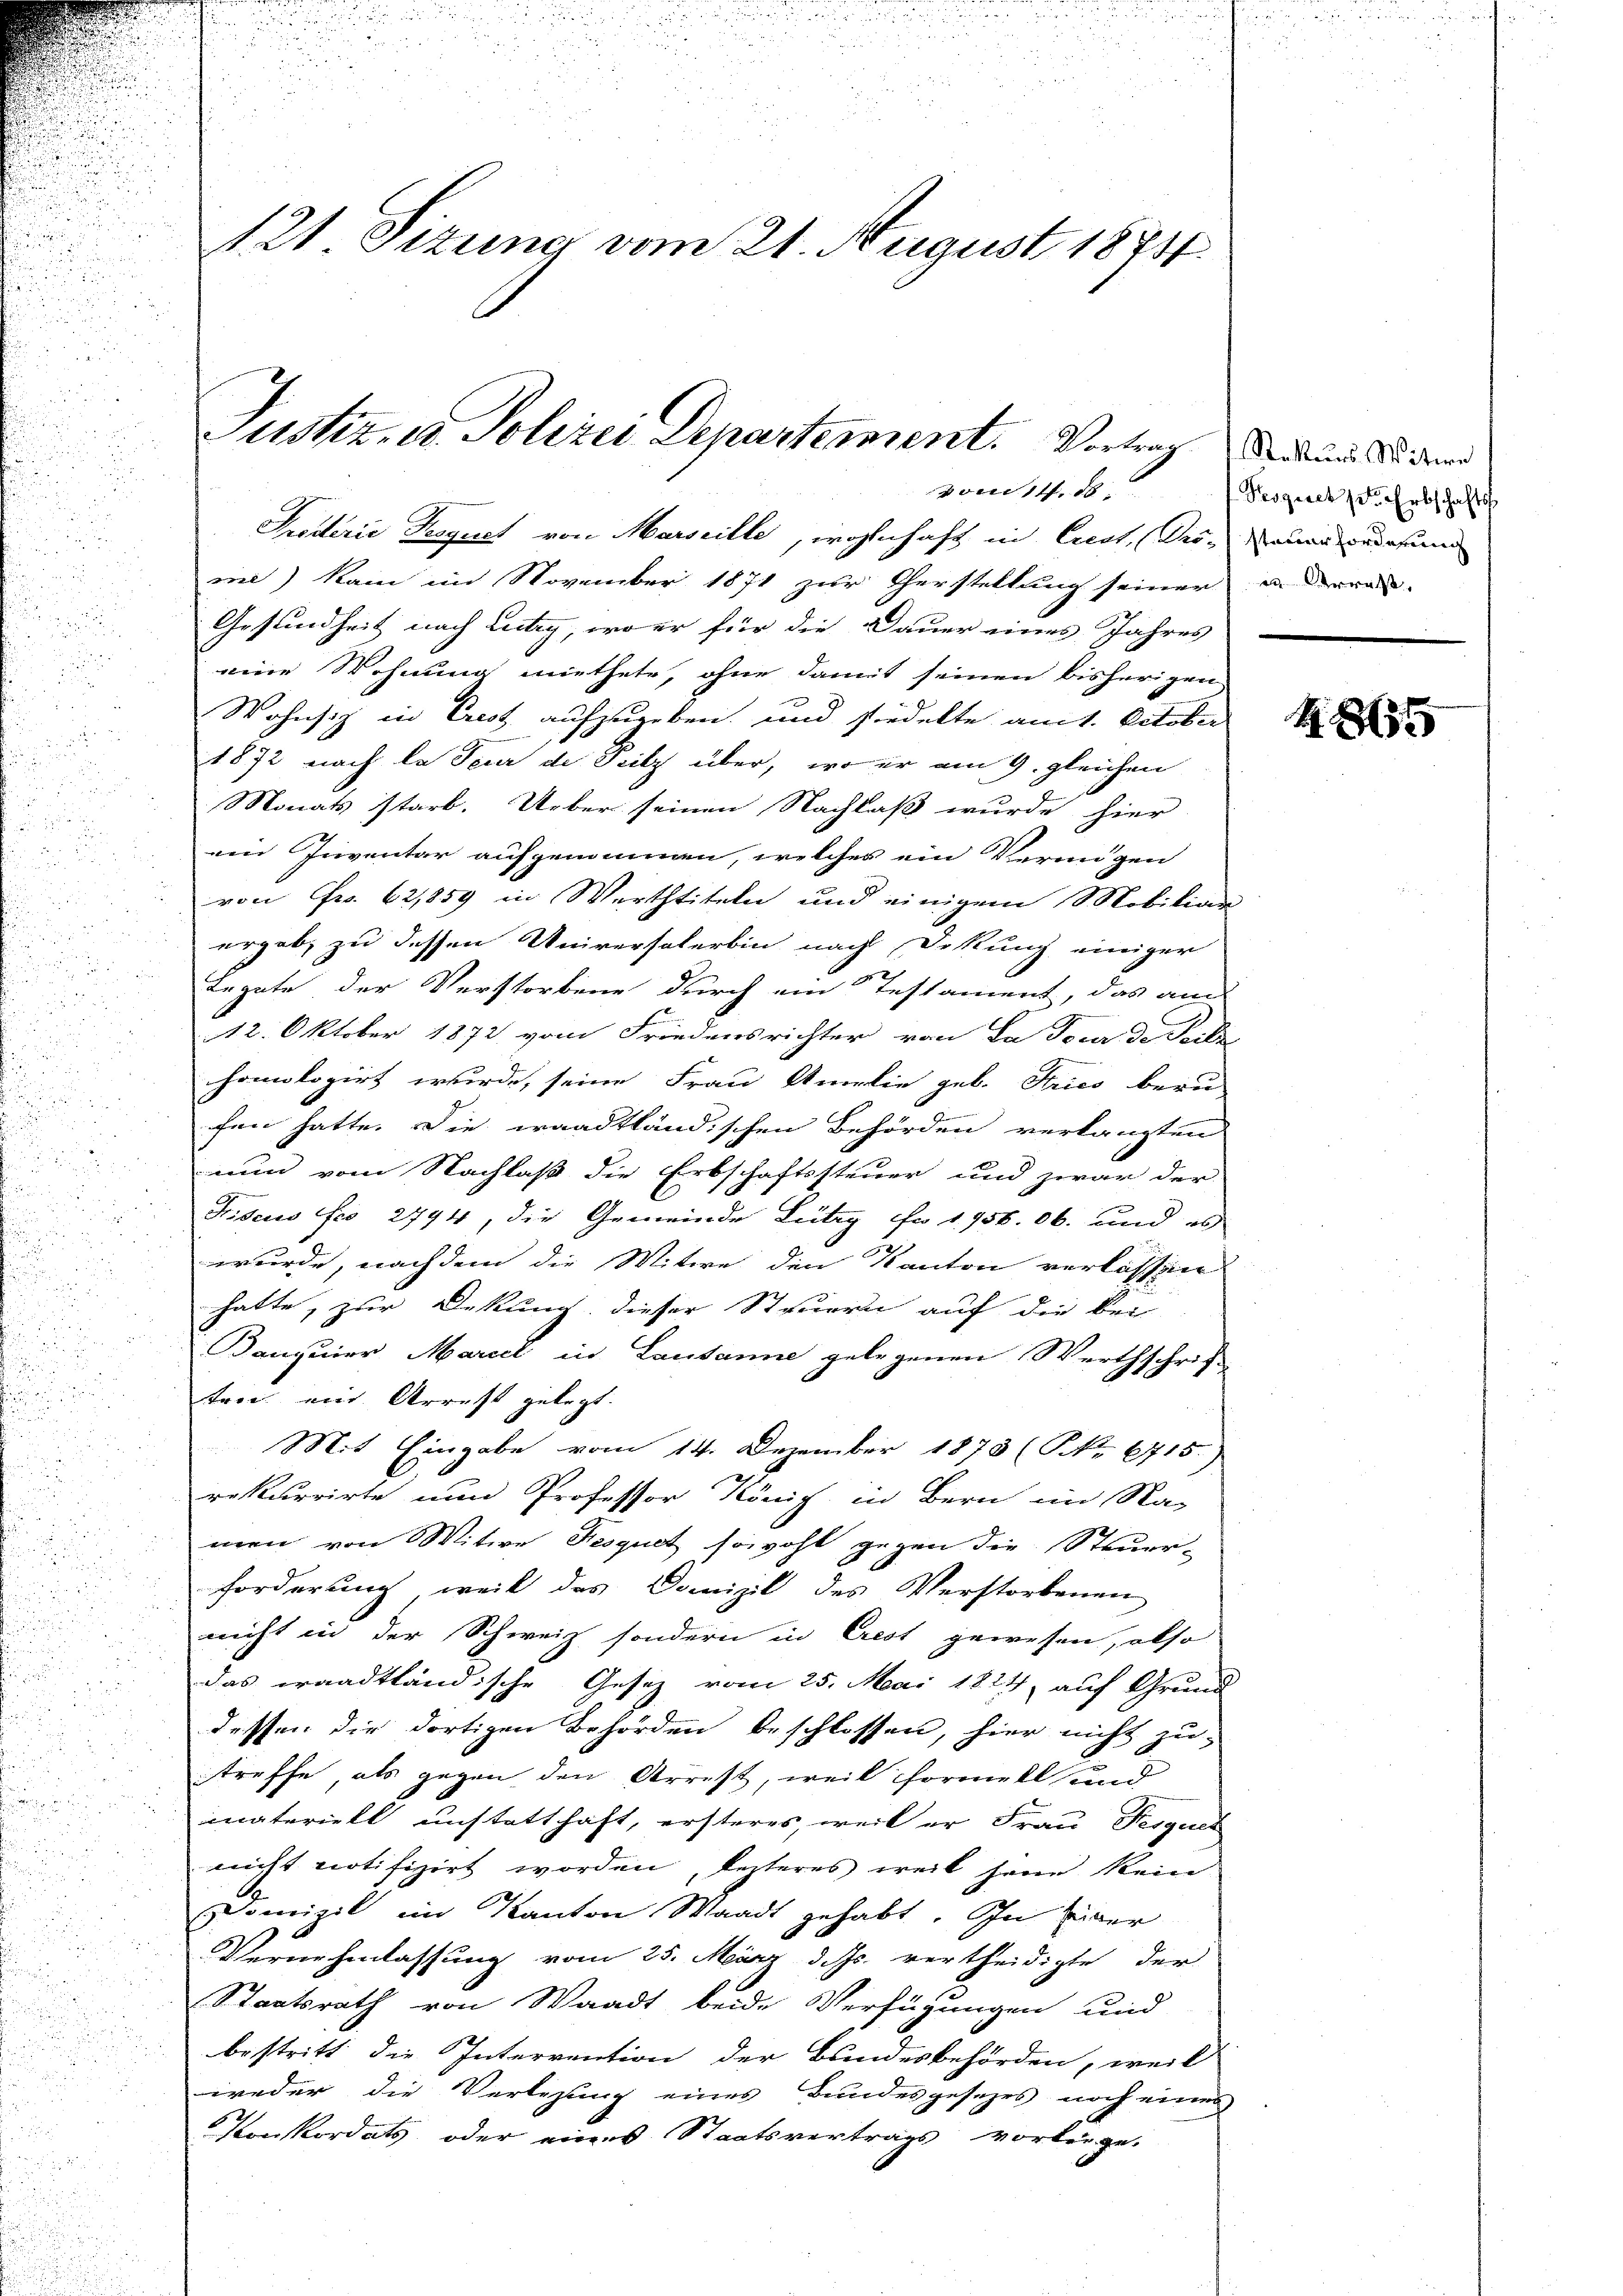
121 Sizung vom 21. August 1874.

Justiz- u. Polizei Departement. Vortrag und die den
vom 14. de

Proderie Seegust von Marseille, wohnhaft in Curt, Dein aber das
me) kam im November 1871 zur Cherstellung seiner
Gesundheit nach Lutry, wo er für die Dauer eines Jahres
eine Wohnung miethete, ohne damit seinen bisherigen
Wohnsiz in Crest aufzugeben und stiedelte am 1. October
1872 nach la Feur de Peilz über, wo er am 9. gleichen
Monats starb. Ueber seinen Nachlaß wurde hier
ein Inventar aufgenommen, welches ein Vermögen
von Fr. 62,859 in Werthtiteln und einigem Mobiliar
ergab, zu dessen Universalerbin nach Dikung einiger
Legate der Verstorbene durch ein Testament, das am
12. Oktober 1872 vom Friedensrichter von La Tour de Seite
homologirt wurde, seine Frau Amalie geb. Tries beru-
fen hatte. Die waadtländischen Behörden verlangten
nun vom Nachlaß die Erbschaftssteuer und zwar der
Fiscus Fro 2794, die Gemeinde Lütig Fr. 1756. 06. und es
wurde, nachdem die Witwe den Kanton verlassen
hatte, zur Dekung dieser Steuern auf die Bei-
Kanquier Marcel in Lausanne gelegenen Werthschrift
ten ein Arrest gelegt.
Mit Eingabe vom 14. Dezember 1873 (NNo. 6715.)
rekurrirte nun Professor König in Bern im Na-
men von Witwe Fesquet sowohl gegen die Steuer-
forderung, weil des Domizil des Verstorbenen

nicht in der Schweiz sondern in Crest gewesen, also
das waadtländische Gesetz vom 25. Mai 1824, auf Grund
dessen die dortigen Behörden beschlossen, hier nicht zu
treffe, als gegen den Arrest, weil formell und
nateriell unstatthaft, ersteres, weil er Frau Fesgues
nicht notifizirt worden, lezteres weil sein kein
omizil im Kanton Waadt gehabt. In der
Vernehmlassung vom 25. März d. Js. vertheidigte der
Staatsrath von Waadt beide Verfügungen und
bestritt die Intervention der Bundesbehörden, weil
weder die Verlesung eines Bundesgesezes noch eines
Konkordats, oder eines Staatsvertrags vorbeige.

Pesgesetzt. Erbschafts
en Verrest.

1855